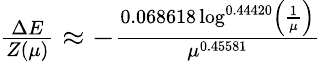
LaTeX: \begin{array}{r}{\frac{\Delta E}{Z(\mu)}\approx-\frac{0.068618\log^{0.44420}\left(\frac{1}{\mu}\right)}{\mu^{0.45581}}}\end{array}